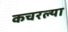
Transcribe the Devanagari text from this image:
कचरल्या